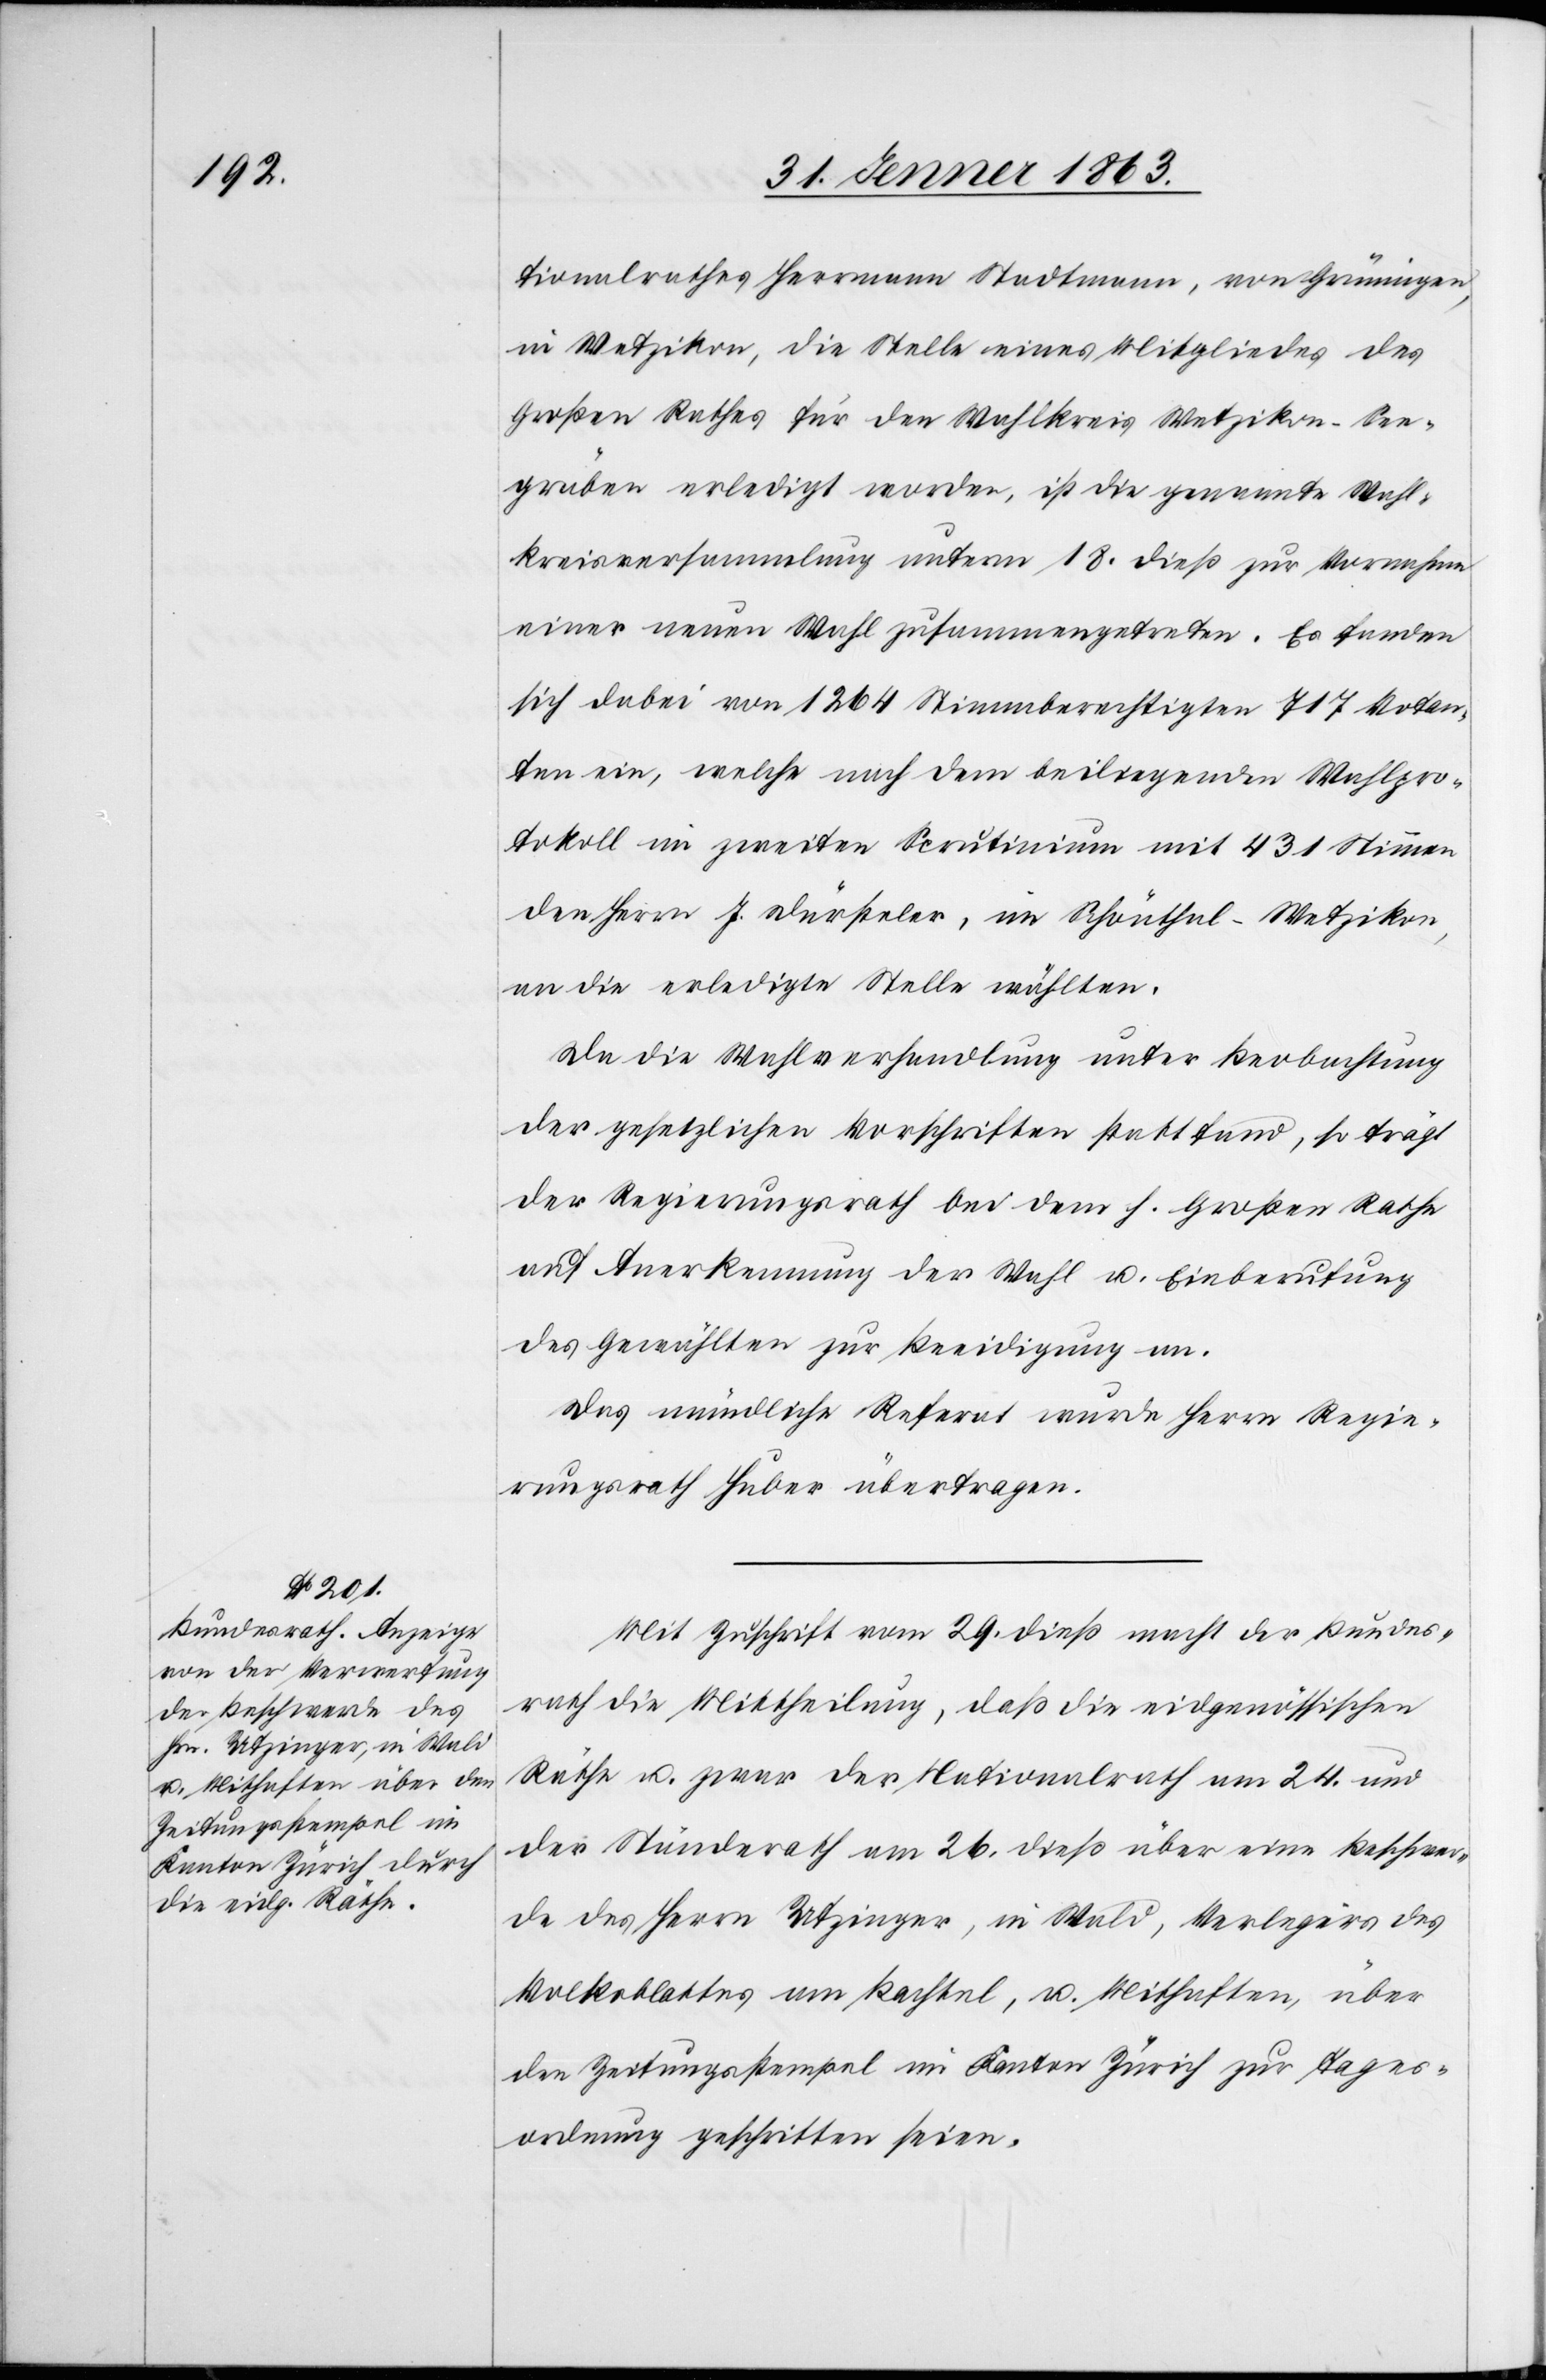
tionalrathes Herrmann Stadtmann, von Grüningen,
in Wetzikon, die Stelle eines Mitgliedes des
Großen Rathes für den Wahlkreis Wetzikon-See¬
gräben erledigt worden, ist die genannte Wahl¬
kreisversammlung unterm 18. dieß zur Vornahme
einer neuen Wahl zusammengetreten. Es fanden
sich dabei von 1264 Stimmberechtigten 717 Votan¬
ten ein, welche nach dem beiliegenden Wahlpro¬
tokoll im zweiten Scrutinium mit 431 Stimmen
den Herrn J. Dürsteler, im Schönthal-Wetzikon,
an die erledigte Stelle wählten.
Da die Wahlversammlung unter Beobachtung
der gesetzlichen Vorschriften stattfand, so trägt
der Regierungsrath bei dem h. Großen Rathe
auf Anerkennung der Wahl u. Einberufung
des Gewählten zur Beeidigung an.
Das mündliche Referat wurde Herrn Regie¬
rungsrath Huber übertragen.
Mit Zuschrift vom 29. dieß macht der Bundes¬
rath die Mittheilung, daß die eidgenössischen
Räthe u. zwar der Nationalrath am 24. und
der Ständerath am 26. dieß über eine Beschwer¬
de des Herrn Utzinger, in Wald, Verlegers des
Volksblattes am Bachtel, u. Mithaften, über
den Zeitungsstempel im Kanton Zürich zur Tages¬
ordnung geschritten seien.